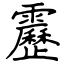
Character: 靂